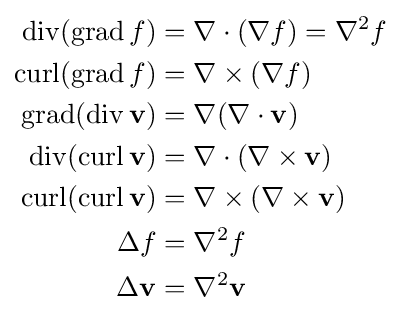
{\begin{aligned}\operatorname {div} (\operatorname {grad} f)&=\nabla \cdot (\nabla f)=\nabla ^{2}f\\\operatorname {curl} (\operatorname {grad} f)&=\nabla \times (\nabla f)\\\operatorname {grad} (\operatorname {div} \mathbf {v} )&=\nabla (\nabla \cdot \mathbf {v} )\\\operatorname {div} (\operatorname {curl} \mathbf {v} )&=\nabla \cdot (\nabla \times \mathbf {v} )\\\operatorname {curl} (\operatorname {curl} \mathbf {v} )&=\nabla \times (\nabla \times \mathbf {v} )\\\Delta f&=\nabla ^{2}f\\\Delta \mathbf {v} &=\nabla ^{2}\mathbf {v} \end{aligned}}